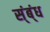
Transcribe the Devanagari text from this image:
स्ंब्ंध